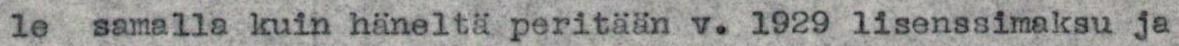
le samalla kuin häneltä peritään v. 1929 lisenssimaksu ja